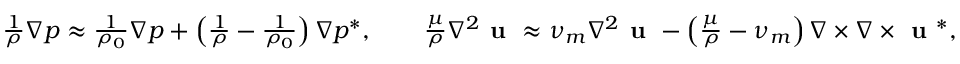
\begin{array} { r l } & { \frac { 1 } { \rho } \nabla p \approx \frac { 1 } { \rho _ { 0 } } \nabla p + \left( \frac { 1 } { \rho } - \frac { 1 } { \rho _ { 0 } } \right) \nabla p ^ { * } , \qquad \frac { \mu } { \rho } \nabla ^ { 2 } \textbf { u } \approx \nu _ { m } \nabla ^ { 2 } \textbf { u } - \left( \frac { \mu } { \rho } - \nu _ { m } \right) \nabla \times \nabla \times \textbf { u } ^ { * } , } \end{array}